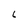
Character: 6